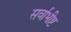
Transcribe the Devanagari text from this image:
सर्वाभीष्ट